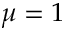
\mu = 1